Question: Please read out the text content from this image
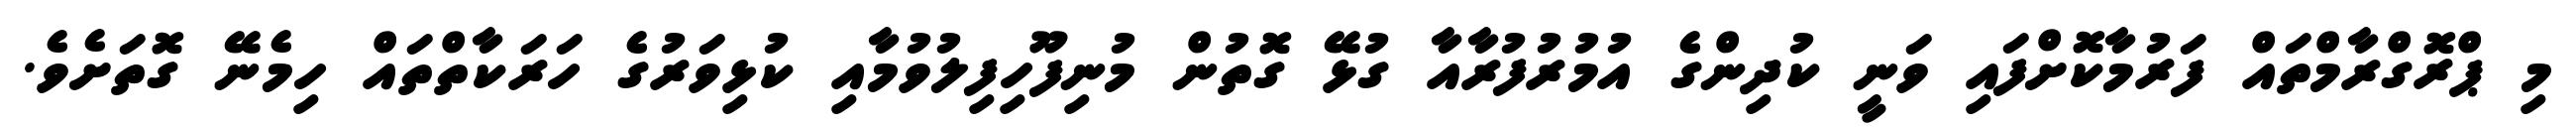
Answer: މި ޕްރޮގްރާމްތައް ފަރުމާކޮށްފައި ވަނީ ކުދިންގެ އުމުރުފުރާއާ ގުޅޭ ގޮތުން މުނިފޫހިފިލުވުމާއި ކުޅިވަރުގެ ހަރަކާތްތައް ހިމެނޭ ގޮތަށެވެ.